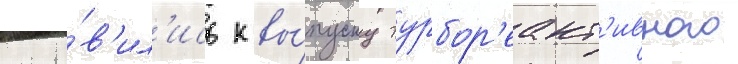
гото́в'ил'ись к вы́пуску турбор'еакт'ивного